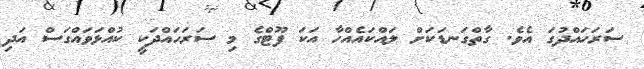
ސަރަހައްދުގަ އެވެ. ގާތްގަނޑަކަށް ލައްކައެއްހާ އަކަ ފޫޓްގެ މި ސަރަހައްދަކީ ކުއްޅަވައްގަސް އަދި